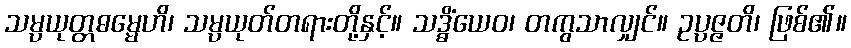
သမ္ပယုတ္တဓမ္မေဟိ၊ သမ္ပယုတ်တရားတို့နှင့်။ သဒ္ဓိံယေဝ၊ တကွသာလျှင်။ ဥပ္ပဇ္ဇတိ၊ ဖြစ်၏။